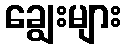
ချွေးများ